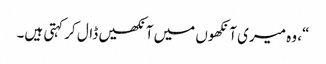
“، وہ میری آنکھوں میں آنکھیں ڈال کر کہتی ہیں۔